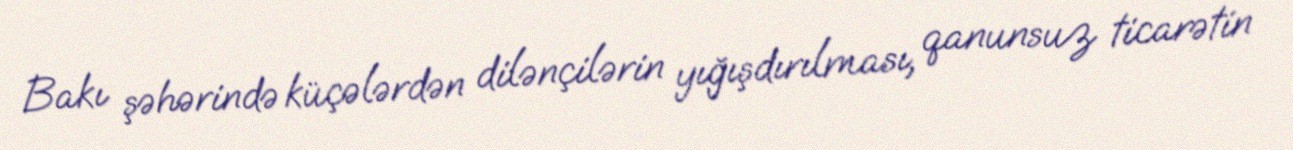
Bakı şəhərində küçələrdən dilənçilərin yığışdırılması, qanunsuz ticarətin